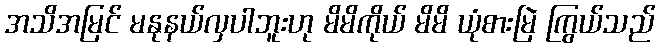
အသိအမြင် မနုနယ်လှပါဘူးဟု မိမိကိုယ် မိမိ ယုံစားမြဲ ကြွယ်သည်